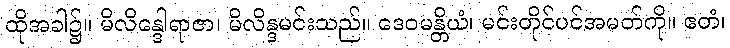
ထိုအခါ၌။ မိလိန္ဒေါရာဇာ၊ မိလိန္ဒမင်းသည်။ ဒေဝမန္တိယံ၊ မင်းတိုင်ပင်အမတ်ကို။ ဧတံ၊